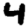
Digit: 4